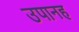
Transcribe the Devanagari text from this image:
उपानह